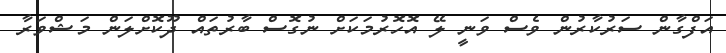
އަފްގާން ސަރުކާރުން ވެސް ވަނީ ލޭ އޮހޮރުމަކަށް ނުގޮސް ބާރުތައް ދޫކޮށްލަން މަޝްވަރާ